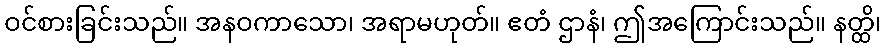
ဝင်စားခြင်းသည်။ အနဝကာသော၊ အရာမဟုတ်။ ဧတံ ဌာနံ၊ ဤအကြောင်းသည်။ နတ္ထိ၊